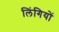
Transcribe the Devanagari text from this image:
लिंगियों